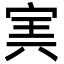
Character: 㝙